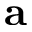
\textbf { a }